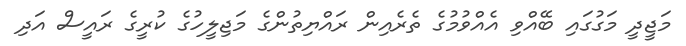
މަޖީދީ މަގުގައި ބޭއްވި އެއްވުމުގެ ތެރެއިން ރައްޔިތުންގެ މަޖިލީހުގެ ކުރީގެ ރައީސް އަދި